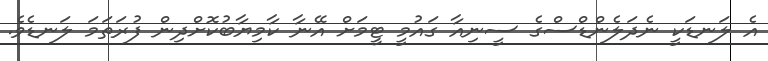
އެ ލަނޑަކީ ނެދަލެންޑްސްގެ ސީނިއާ ގައުމީ ޓީމަށް އޭނާ ކާމިޔާބުކޮށްދިން ފުރަތަމަ ލަނޑެވެ.